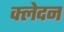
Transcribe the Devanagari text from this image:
क्‍लेदन